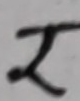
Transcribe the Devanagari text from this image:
र